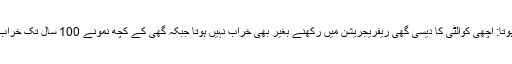
خراب نہیں ہوتا: اچھی کوالٹی کا دیسی گھی ریفریجریشن میں رکھنے بغیر بھی خراب نہیں ہوتا جبکہ گھی کے کچھ نمونے 100 سال تک خراب نہیں ہوئے۔